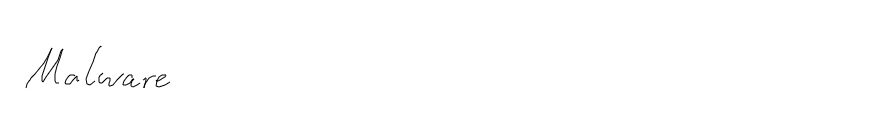
Malware